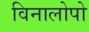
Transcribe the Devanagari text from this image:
विनालोपो